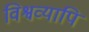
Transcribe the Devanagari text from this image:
विश्वव्यापि